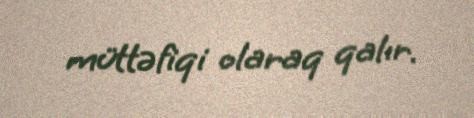
müttəfiqi olaraq qalır.